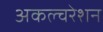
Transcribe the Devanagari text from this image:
अकल्चरेशन